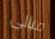
مبالي